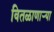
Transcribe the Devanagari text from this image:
वितळाणाऱ्या